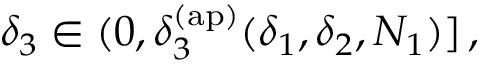
\delta _ { 3 } \in ( 0 , \delta _ { 3 } ^ { \mathrm { ( a p ) } } ( \delta _ { 1 } , \delta _ { 2 } , N _ { 1 } ) ] \, ,